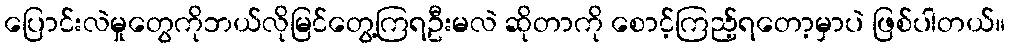
ပြောင်းလဲမှုတွေကိုဘယ်လိုမြင်တွေ့ကြရဦးမလဲ ဆိုတာကို စောင့်ကြည့်ရတော့မှာပဲ ဖြစ်ပါတယ်။